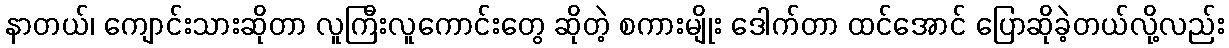
နာတယ်၊ ကျောင်းသားဆိုတာ လူကြီးလူကောင်းတွေ ဆိုတဲ့ စကားမျိုး ဒေါက်တာ ထင်အောင် ပြောဆိုခဲ့တယ်လို့လည်း